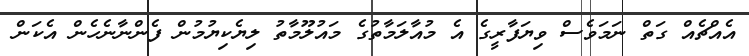
އެއްޗެއް ގަތް ނަމަވެސް ވިޔަފާރީގެ އެ މުއާލަމާތުގެ މައުލޫމާތު ލިޔެކިޔުމުން ފެންނާނެހެން އެކަން